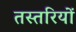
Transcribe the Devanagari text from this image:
तस्तरियों